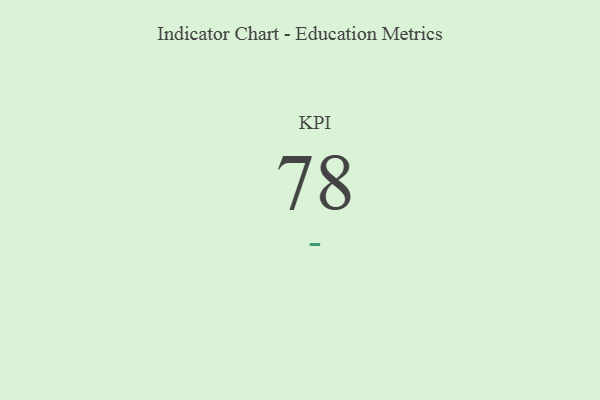
{"axis": {"x": "KPI", "y": "Value"}, "legend": [""], "data": [{"x": "KPI", "y": 78, "type": ""}]}